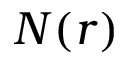
N ( r )